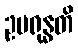
ဥပရုန္ဓတိ